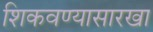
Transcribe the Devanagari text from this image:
शिकवण्यासारखा